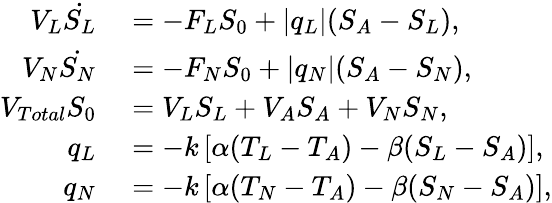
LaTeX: \begin{array}{rl}{V_{L}\dot{S_{L}}}&{{}=-F_{L}S_{0}+|q_{L}|(S_{A}-S_{L}),}\\ {V_{N}\dot{S_{N}}}&{{}=-F_{N}S_{0}+|q_{N}|(S_{A}-S_{N}),}\\ {V_{Total}S_{0}}&{{}=V_{L}S_{L}+V_{A}S_{A}+V_{N}S_{N},}\\ {q_{L}}&{{}=-k\left[\alpha(T_{L}-T_{A})-\beta(S_{L}-S_{A})\right],}\\ {q_{N}}&{{}=-k\left[\alpha(T_{N}-T_{A})-\beta(S_{N}-S_{A})\right],}\end{array}